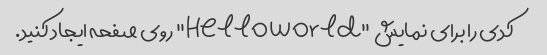
کدی را برای نمایش "Hello World" روی صفحه ایجاد کنید.